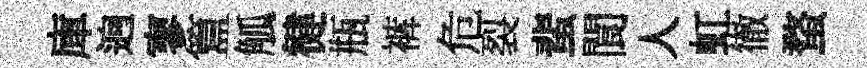
庫逈寥簋觚徤瓶裤危裂蜚閬人虹徹蝥